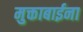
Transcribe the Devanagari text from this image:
मुक्ताबाईना